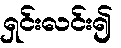
ရှင်းလင်း၍